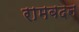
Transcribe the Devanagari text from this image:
रामबदन